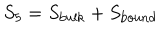
S _ { 5 } = S _ { \mathrm { b u l k } } + S _ { \mathrm { b o u n d } }